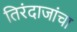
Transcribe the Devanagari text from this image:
तिरंदाजांचा